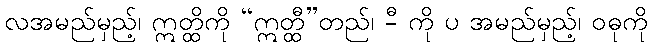
လအမည်မှည့်၊ ဣတ္ထိကို “ဣတ္ထီ”တည်၊ -ီ ကို ပ အမည်မှည့်၊ ဝဓုကို